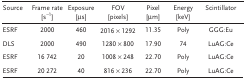
<table><thead><tr><td><b>Source</b></td><td><b>Frame rate [s<sup>−1</sup>]</b></td><td><b>Exposure [μs]</b></td><td><b>FOV [pixels]</b></td><td><b>Pixel [μm]</b></td><td><b>Energy [keV]</b></td><td><b>Scintillator</b></td></tr></thead><tbody><tr><td>ESRF</td><td>2000</td><td>460</td><td>2016 × 1292</td><td>11.35</td><td>Poly</td><td>GGG:Eu</td></tr><tr><td>DLS</td><td>2000</td><td>490</td><td>1280 × 800</td><td>17.90</td><td>74</td><td>LuAG:Ce</td></tr><tr><td>ESRF</td><td>16 742</td><td>20</td><td>1008 × 248</td><td>22.70</td><td>Poly</td><td>LuAG:Ce</td></tr><tr><td>ESRF</td><td>20 272</td><td>40</td><td>816 × 236</td><td>22.70</td><td>Poly</td><td>LuAG:Ce</td></tr></tbody></table>